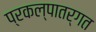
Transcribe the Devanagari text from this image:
प्रकल्पातर्गत